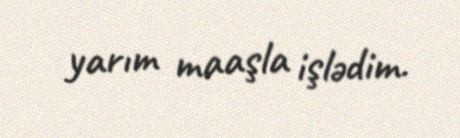
yarım maaşla işlədim.